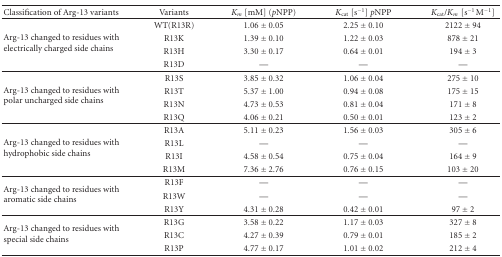
<table><thead><tr><td><b>Classification of Arg-13 variants</b></td><td><b>Variants</b></td><td><b><i>K</i><sub><i>m</i></sub> [mM] (<i>p</i>NPP)</b></td><td><b><i>K</i><sub>cat</sub> [s<sup>−1</sup>] <i>p</i>NPP</b></td><td><b><i>K</i><sub>cat</sub>/<i>K</i><sub><i>m</i></sub>[s<sup>-1 </sup>M<sup>−1</sup>]</b></td></tr></thead><tbody><tr><td rowspan="4">Arg-13 changed to residues with electrically charged side chains</td><td>WT(R13R)</td><td>1.06 ± 0.05</td><td>2.25 ± 0.10</td><td>2122 ± 94</td></tr><tr><td>R13K</td><td>1.39 ± 0.10</td><td>1.22 ± 0.03</td><td>878 ± 21</td></tr><tr><td>R13H</td><td>3.30 ± 0.17</td><td>0.64 ± 0.01</td><td>194 ± 3</td></tr><tr><td>R13D</td><td>—</td><td>—</td><td>—</td></tr><tr><td rowspan="4">Arg-13 changed to residues with polar uncharged side chains</td><td>R13S</td><td>3.85 ± 0.32</td><td>1.06 ± 0.04</td><td>275 ± 10</td></tr><tr><td>R13T</td><td>5.37 ± 1.00</td><td>0.94 ± 0.08</td><td>175 ± 15</td></tr><tr><td>R13N</td><td>4.73 ± 0.53</td><td>0.81 ± 0.04</td><td>171 ± 8</td></tr><tr><td>R13Q</td><td>4.06 ± 0.21</td><td>0.50 ± 0.01</td><td>123 ± 2</td></tr><tr><td rowspan="4">Arg-13 changed to residues with hydrophobic side chains</td><td>R13A</td><td>5.11 ± 0.23</td><td>1.56 ± 0.03</td><td>305 ± 6</td></tr><tr><td>R13L</td><td>—</td><td>—</td><td>—</td></tr><tr><td>R13I</td><td>4.58 ± 0.54</td><td>0.75 ± 0.04</td><td>164 ± 9</td></tr><tr><td>R13M</td><td>7.36 ± 2.76</td><td>0.76 ± 0.15</td><td>103 ± 20</td></tr><tr><td rowspan="3">Arg-13 changed to residues with aromatic side chains</td><td>R13F</td><td>—</td><td>—</td><td>—</td></tr><tr><td>R13W</td><td>—</td><td>—</td><td>—</td></tr><tr><td>R13Y</td><td>4.31 ± 0.28</td><td>0.42 ± 0.01</td><td>97 ± 2</td></tr><tr><td rowspan="3">Arg-13 changed to residues with special side chains</td><td>R13G</td><td>3.58 ± 0.22</td><td>1.17 ± 0.03</td><td>327 ± 8</td></tr><tr><td>R13C</td><td>4.27 ± 0.39</td><td>0.79 ± 0.01</td><td>185 ± 2</td></tr><tr><td>R13P</td><td>4.77 ± 0.17</td><td>1.01 ± 0.02</td><td>212 ± 4</td></tr></tbody></table>